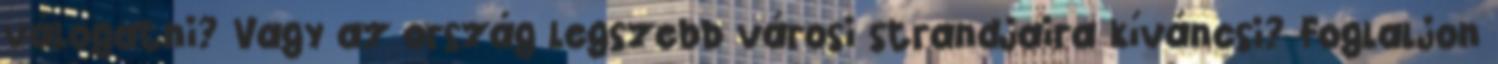
válogatni? Vagy az ország legszebb városi strandjaira kíváncsi? Foglaljon